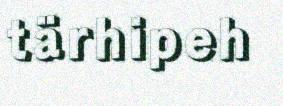
tärhipeh